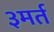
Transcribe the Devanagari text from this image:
३मर्त